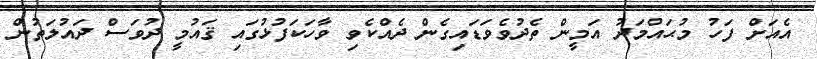
އެއަށް ފަހު މުޙައްމަދު އަމީން ތެދުވެވަޑައިގެން ދެއްކެވި ވާހަކަފުޅުގައި ޤައުމީ ދުވަސް ދައުލަތުން